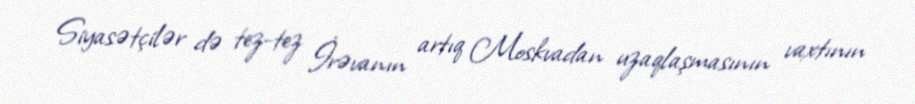
Siyasətçilər də tez-tez İrəvanın artıq Moskvadan uzaqlaşmasının vaxtının